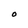
Character: O